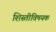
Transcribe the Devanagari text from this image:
शिस्तीविषयक